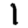
Digit: 1